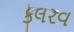
કલરવ